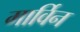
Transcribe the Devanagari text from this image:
गार्विन